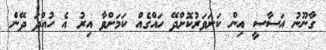
ގާނޫނު އަސާސީ އިން ކަށަވަރުކޮށްދޭ ހައްގެއް ކަމަށްވާ އިރު އެ ހުއްދަ ދޭން